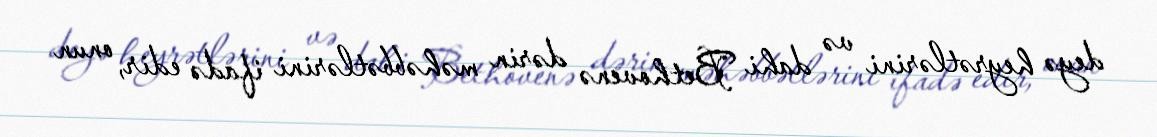
deyə heyrətlərini və dahi Bethovenə dərin məhəbbətlərini ifadə edir, onun